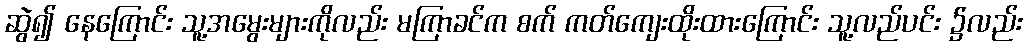
ဆွဲ၍ နေကြောင်း သူ့အမွေးများကိုလည်း မကြာခင်က စက် ကတ်ကျေးထိုးထားကြောင်း သူ့လည်ပင်း ၌လည်း